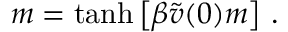
m = \operatorname { t a n h } \left[ \beta \widetilde { v } ( 0 ) m \right] \, .